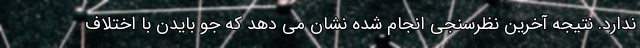
ندارد. نتیجه آخرین نظرسنجی انجام شده نشان می دهد که جو بایدن با اختلاف